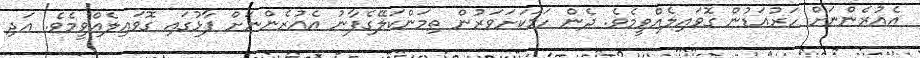
އެއުރެންނަށް ހަރުއަޑުން ގޮވައިލެއްވީމެވެ. ދެން ހަމަކަށަވަރުން ތިމަންކަލޭގެފާނު އެއުރެންނަށް ފާޅުގައި ގޮވައިލެއްވީމެވެ. އަދި